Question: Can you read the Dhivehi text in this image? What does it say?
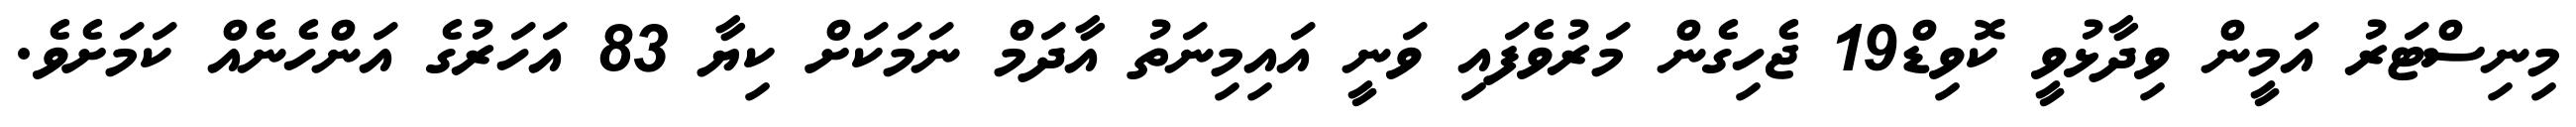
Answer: މިނިސްޓަރު އަމީން ވިދާޅުވީ ކޮވިޑް19 ޖެހިގެން މަރުވެފައި ވަނީ އައިމިނަތު އާދަމް ނަމަކަށް ކިޔާ 83 އަހަރުގެ އަންހެނެއް ކަމަށެވެ.